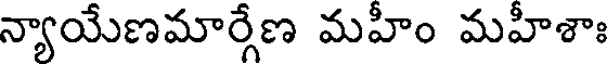
న్యాయేణమార్గేణ మహీం మహీశాః